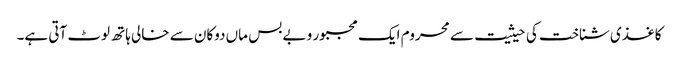
کاغذی شناخت کی حیثیت سے محروم ایک مجبور و بے بس ماں دوکان سے خالی ہاتھ لوٹ آتی ہے۔